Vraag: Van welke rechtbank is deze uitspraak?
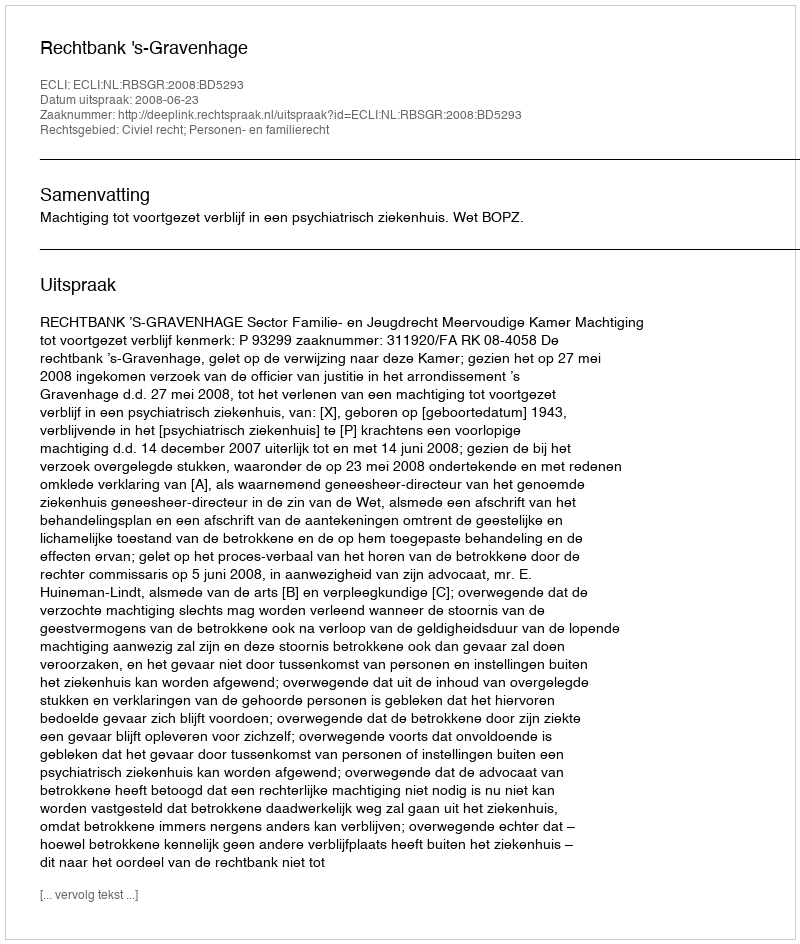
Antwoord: Rechtbank 's-Gravenhage